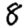
Digit: 8